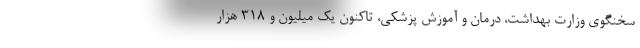
سخنگوی وزارت بهداشت، درمان و آموزش پزشکی، تاکنون یک میلیون و ۳۱۸ هزار